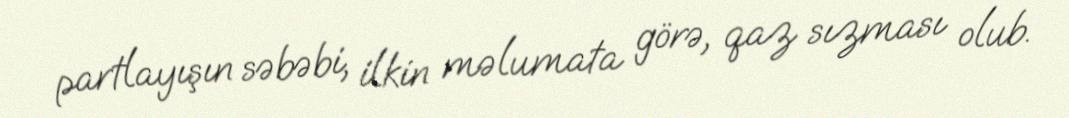
partlayışın səbəbi, ilkin məlumata görə, qaz sızması olub.